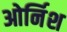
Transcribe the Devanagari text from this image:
ओर्निश